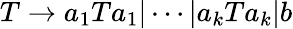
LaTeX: T\to a_{1}Ta_{1}|\cdots|a_{k}Ta_{k}|b